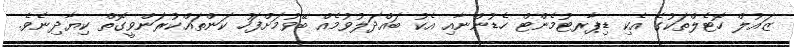
ޒައުލް ހޮޓެލްތަކުގެ އެކި ޑިޕާރޓުމެންޓް ހެޑުންނާއި އެކު ބައްދަލުވުމެއް ބޭވުމަށްފަހު ކަންތައްކުރަންވީގޮތް ކިޔާދިނެވެ.